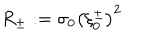
R _ { \pm } : = \sigma _ { 0 } \left( \xi _ { 0 } ^ { \pm } \right) ^ { 2 }